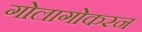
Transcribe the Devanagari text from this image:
गोलागोकरन